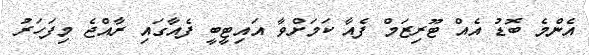
އެންމެ ބޮޑު އެއް ޓޫރިޒަމް ފެއާ ކަމަށްވާ އައިޓީބީ ފެއާގައި ރާއްޖެ މިފަހަރު